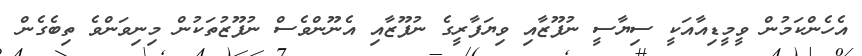
އެހެންކަމުން ވީމީޑިއާއަކީ ސިޔާސީ ނުފޫޒާއި ވިޔަފާރީގެ ނުފޫޒާއި އެނޫންވެސް ނުފޫޒުތަކުން މިނިވަންވެ ތިބެގެން